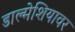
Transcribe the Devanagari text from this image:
डाल्मेशियावर